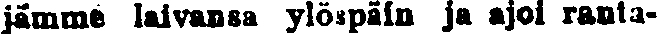
jämme laivansa ylöspäin ja ajoi ranta-